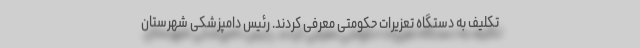
تکلیف به دستگاه تعزیرات حکومتی معرفی کردند. رئیس دامپزشکی شهرستان